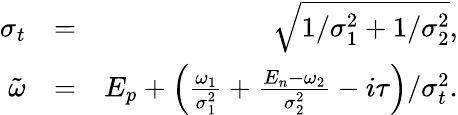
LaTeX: \begin{array}{rlr}{\sigma_{t}}&{=}&{\sqrt{1/\sigma_{1}^{2}+1/\sigma_{2}^{2}},}\\ {\tilde{\omega}}&{=}&{E_{p}+\left(\frac{\omega_{1}}{\sigma_{1}^{2}}+\frac{E_{n}-\omega_{2}}{\sigma_{2}^{2}}-i\tau\right)/\sigma_{t}^{2}.}\end{array}